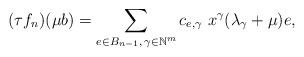
\begin{align*}(\tau f_n)(\mu b)=\sum_{e\in B_{n-1},\, \gamma\in\mathbb N^m }c_{e,\gamma}\ x^\gamma (\lambda_\gamma+\mu) e, \end{align*}